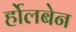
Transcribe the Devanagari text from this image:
र्होलबेन